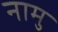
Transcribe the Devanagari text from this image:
नामु